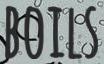
BOILS